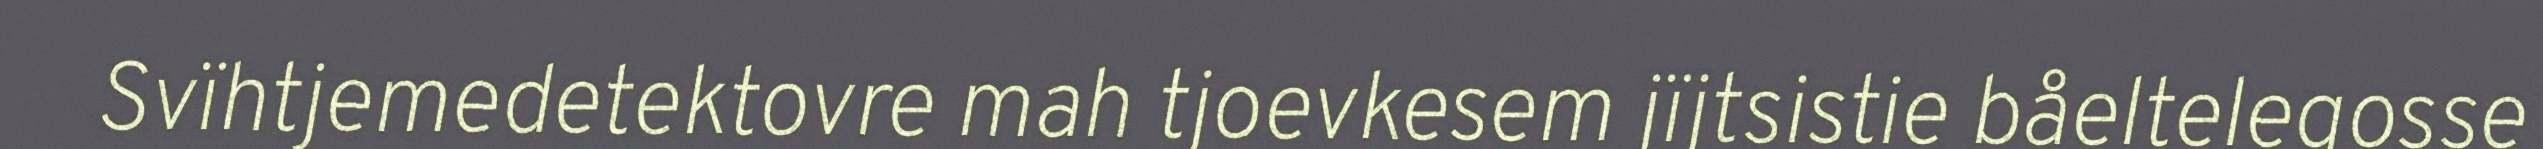
Svïhtjemedetektovre mah tjoevkesem jïjtsistie båeltelegosse